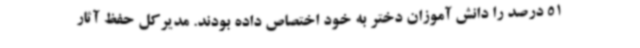
51 درصد را دانش آموزان دختر به خود اختصاص داده بودند. مدیرکل حفظ آثار